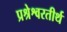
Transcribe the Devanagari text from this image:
प्रश्रेश्वरतीर्थ